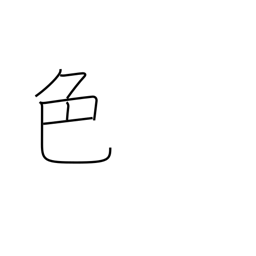
Meaning: color